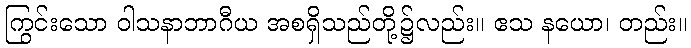
ကြွင်းသော ဝါသနာဘာဂီယ အစရှိသည်တို့၌လည်း။ ဧသ နယော၊ တည်း။